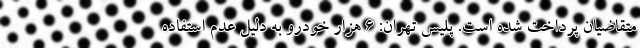
متقاضیان پرداخت شده است. پلیس تهران: ۶ هزار خودرو به دلیل عدم استفاده